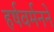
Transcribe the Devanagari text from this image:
हर्षवर्मनने